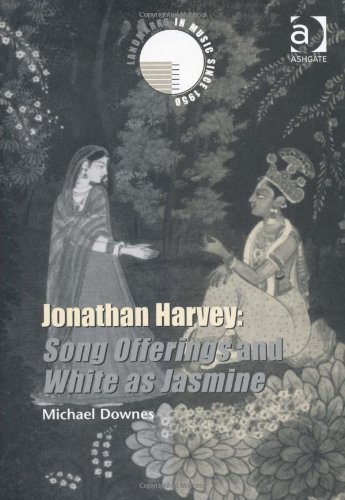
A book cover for Jonathan Harvey: Song Offerings and White as Jasmine (Landmarks in Music Since 1950); Michael Downes; Arts & Photography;